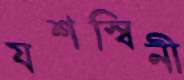
যশস্বিনী